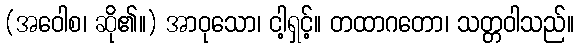
(အဝေါစ၊ ဆို၏။) အာဝုသော၊ ငါ့ရှင့်။ တထာဂတော၊ သတ္တဝါသည်။